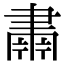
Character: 𮌆